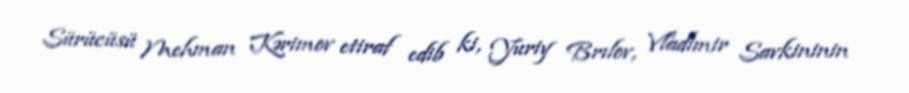
Sürücüsü Mehman Kərimov etiraf edib ki, Yuriy Brılov, Vladimir Savkininin